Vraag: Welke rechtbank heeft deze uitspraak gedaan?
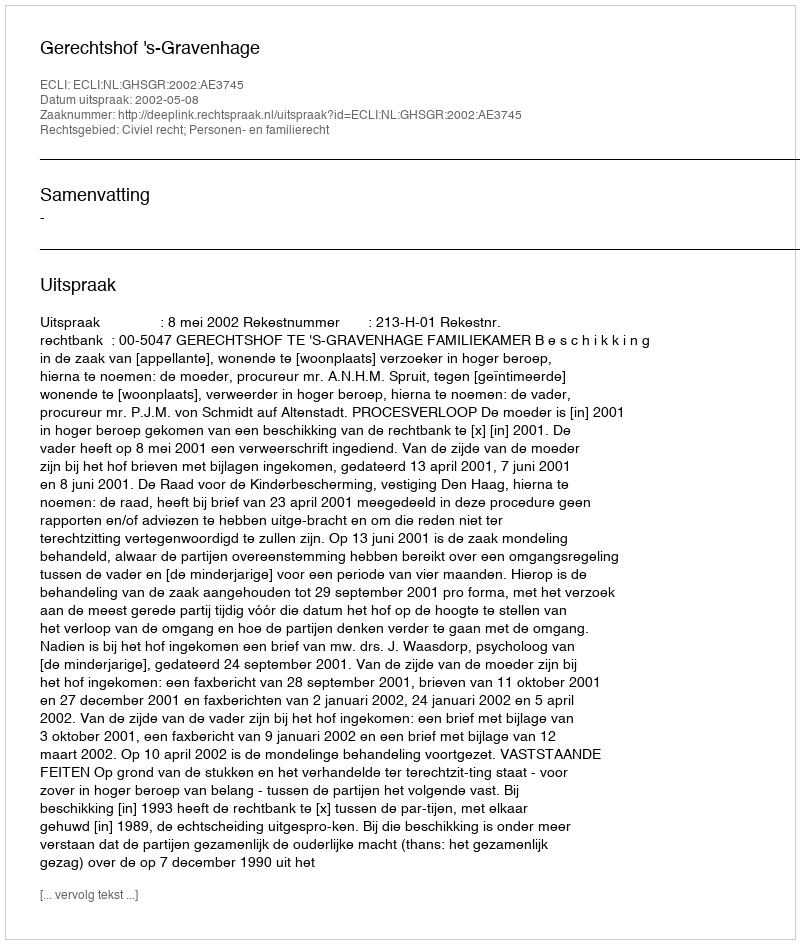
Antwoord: Gerechtshof 's-Gravenhage